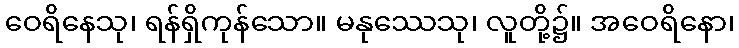
ဝေရိနေသု၊ ရန်ရှိကုန်သော။ မနုဿေသု၊ လူတို့၌။ အဝေရိနော၊